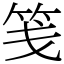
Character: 笺